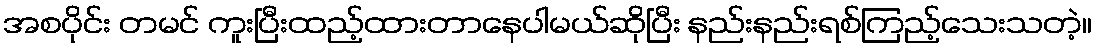
အစပိုင်း တမင် ကူးပြီးထည့်ထားတာနေပါမယ်ဆိုပြီး နည်းနည်းရစ်ကြည့်သေးသတဲ့။